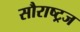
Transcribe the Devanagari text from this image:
सौराष्ट्रज